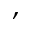
,